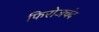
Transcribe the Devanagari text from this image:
फिरोजचंद